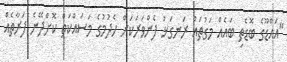
"އައްޑޫގެ ބޮޑެތި ބައެއް މަގުތައް ރަނގަޅު ފެންވަރަކަށް ހެދުމުގެ މަސައްކަތް ކޮށްދޭނެ ފަރާތެއް